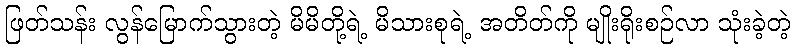
ဖြတ်သန်း လွန်မြောက်သွားတဲ့ မိမိတို့ရဲ့ မိသားစုရဲ့ အတိတ်ကို မျိုးရိုးစဉ်လာ သုံးခဲ့တဲ့